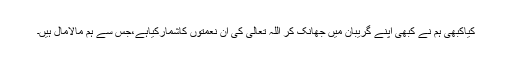
کیاکبھی ہم نے کبھی اپنے گریبان میں جھانک کر اللہ تعالیٰ کی ان نعمتوں کاشمارکیاہے،جس سے ہم مالامال ہیں۔